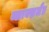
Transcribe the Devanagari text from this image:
ब्लाक्सलैंड